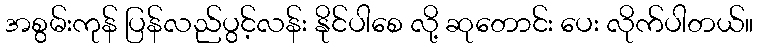
အစွမ်းကုန် ပြန်လည်ပွင့်လန်း နိုင်ပါစေ လို့ ဆုတောင်း ပေး လိုက်ပါတယ်။